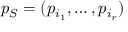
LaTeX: p _ { S } = ( p _ { i _ { 1 } } , \ldots , p _ { i _ { r } } )